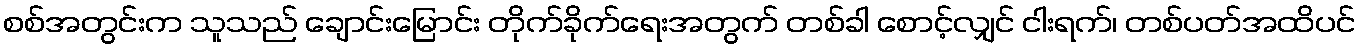
စစ်အတွင်းက သူသည် ချောင်းမြောင်း တိုက်ခိုက်ရေးအတွက် တစ်ခါ စောင့်လျှင် ငါးရက်၊ တစ်ပတ်အထိပင်